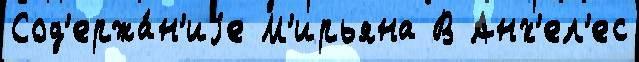
Сод'ержа́н'иjе М'ирьяна В Анх'ел'ес